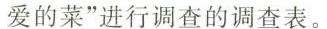
爱的菜”进行调查的调查表。